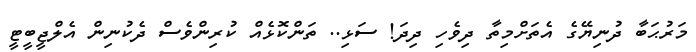
މަރުޙަބާ ދުނިޔޭގެ އެތަށްމިތާ ދިވެހި ދިދަ! ސަޅި.. ތަންކޮޅެއް ކުރިންވެސް ދެކުނިން އެލްޖީބީޓީ